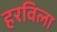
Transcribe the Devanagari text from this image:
हरविला